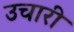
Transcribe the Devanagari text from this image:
उचारी